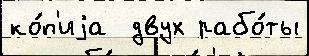
ко́п'иjа  двух рабо́ты